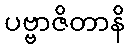
ပဗ္ဗာဇိတာနိ